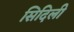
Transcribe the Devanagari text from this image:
सिदिली